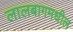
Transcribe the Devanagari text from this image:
लालबागमधील